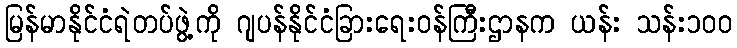
မြန်မာနိုင်ငံရဲတပ်ဖွဲ့ကို ဂျပန်နိုင်ငံခြားရေးဝန်ကြီးဌာနက ယန်း သန်း၁၀၀